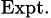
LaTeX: _\mathrm{Expt.}